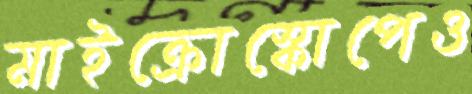
মাইক্রোস্কোপেও